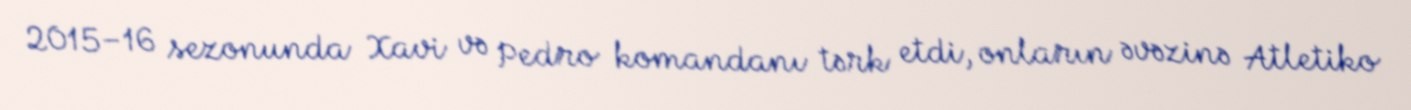
2015–16 sezonunda Xavi və Pedro komandanı tərk etdi, onların əvəzinə Atletiko